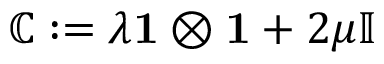
\mathbb { C } : = \lambda \mathbf { 1 } \otimes \mathbf { 1 } + 2 \mu \mathbb { I }